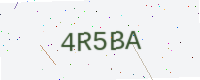
Text: 4R5BA